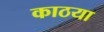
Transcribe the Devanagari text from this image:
काठया